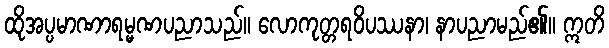
ထိုအပ္ပမာဏာရမ္မဏပညာသည်။ လောကုတ္တရဝိပဿနာ၊ နာပညာမည်၏။ ဣတိ